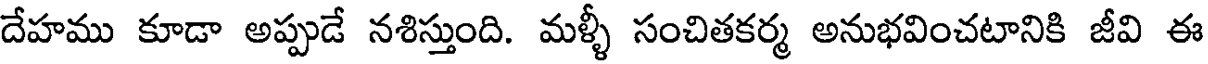
దేహము కూడా అప్పుడే నశిస్తుంది. మళ్ళీ సంచితకర్మ అనుభవించటానికి జీవి ఈ